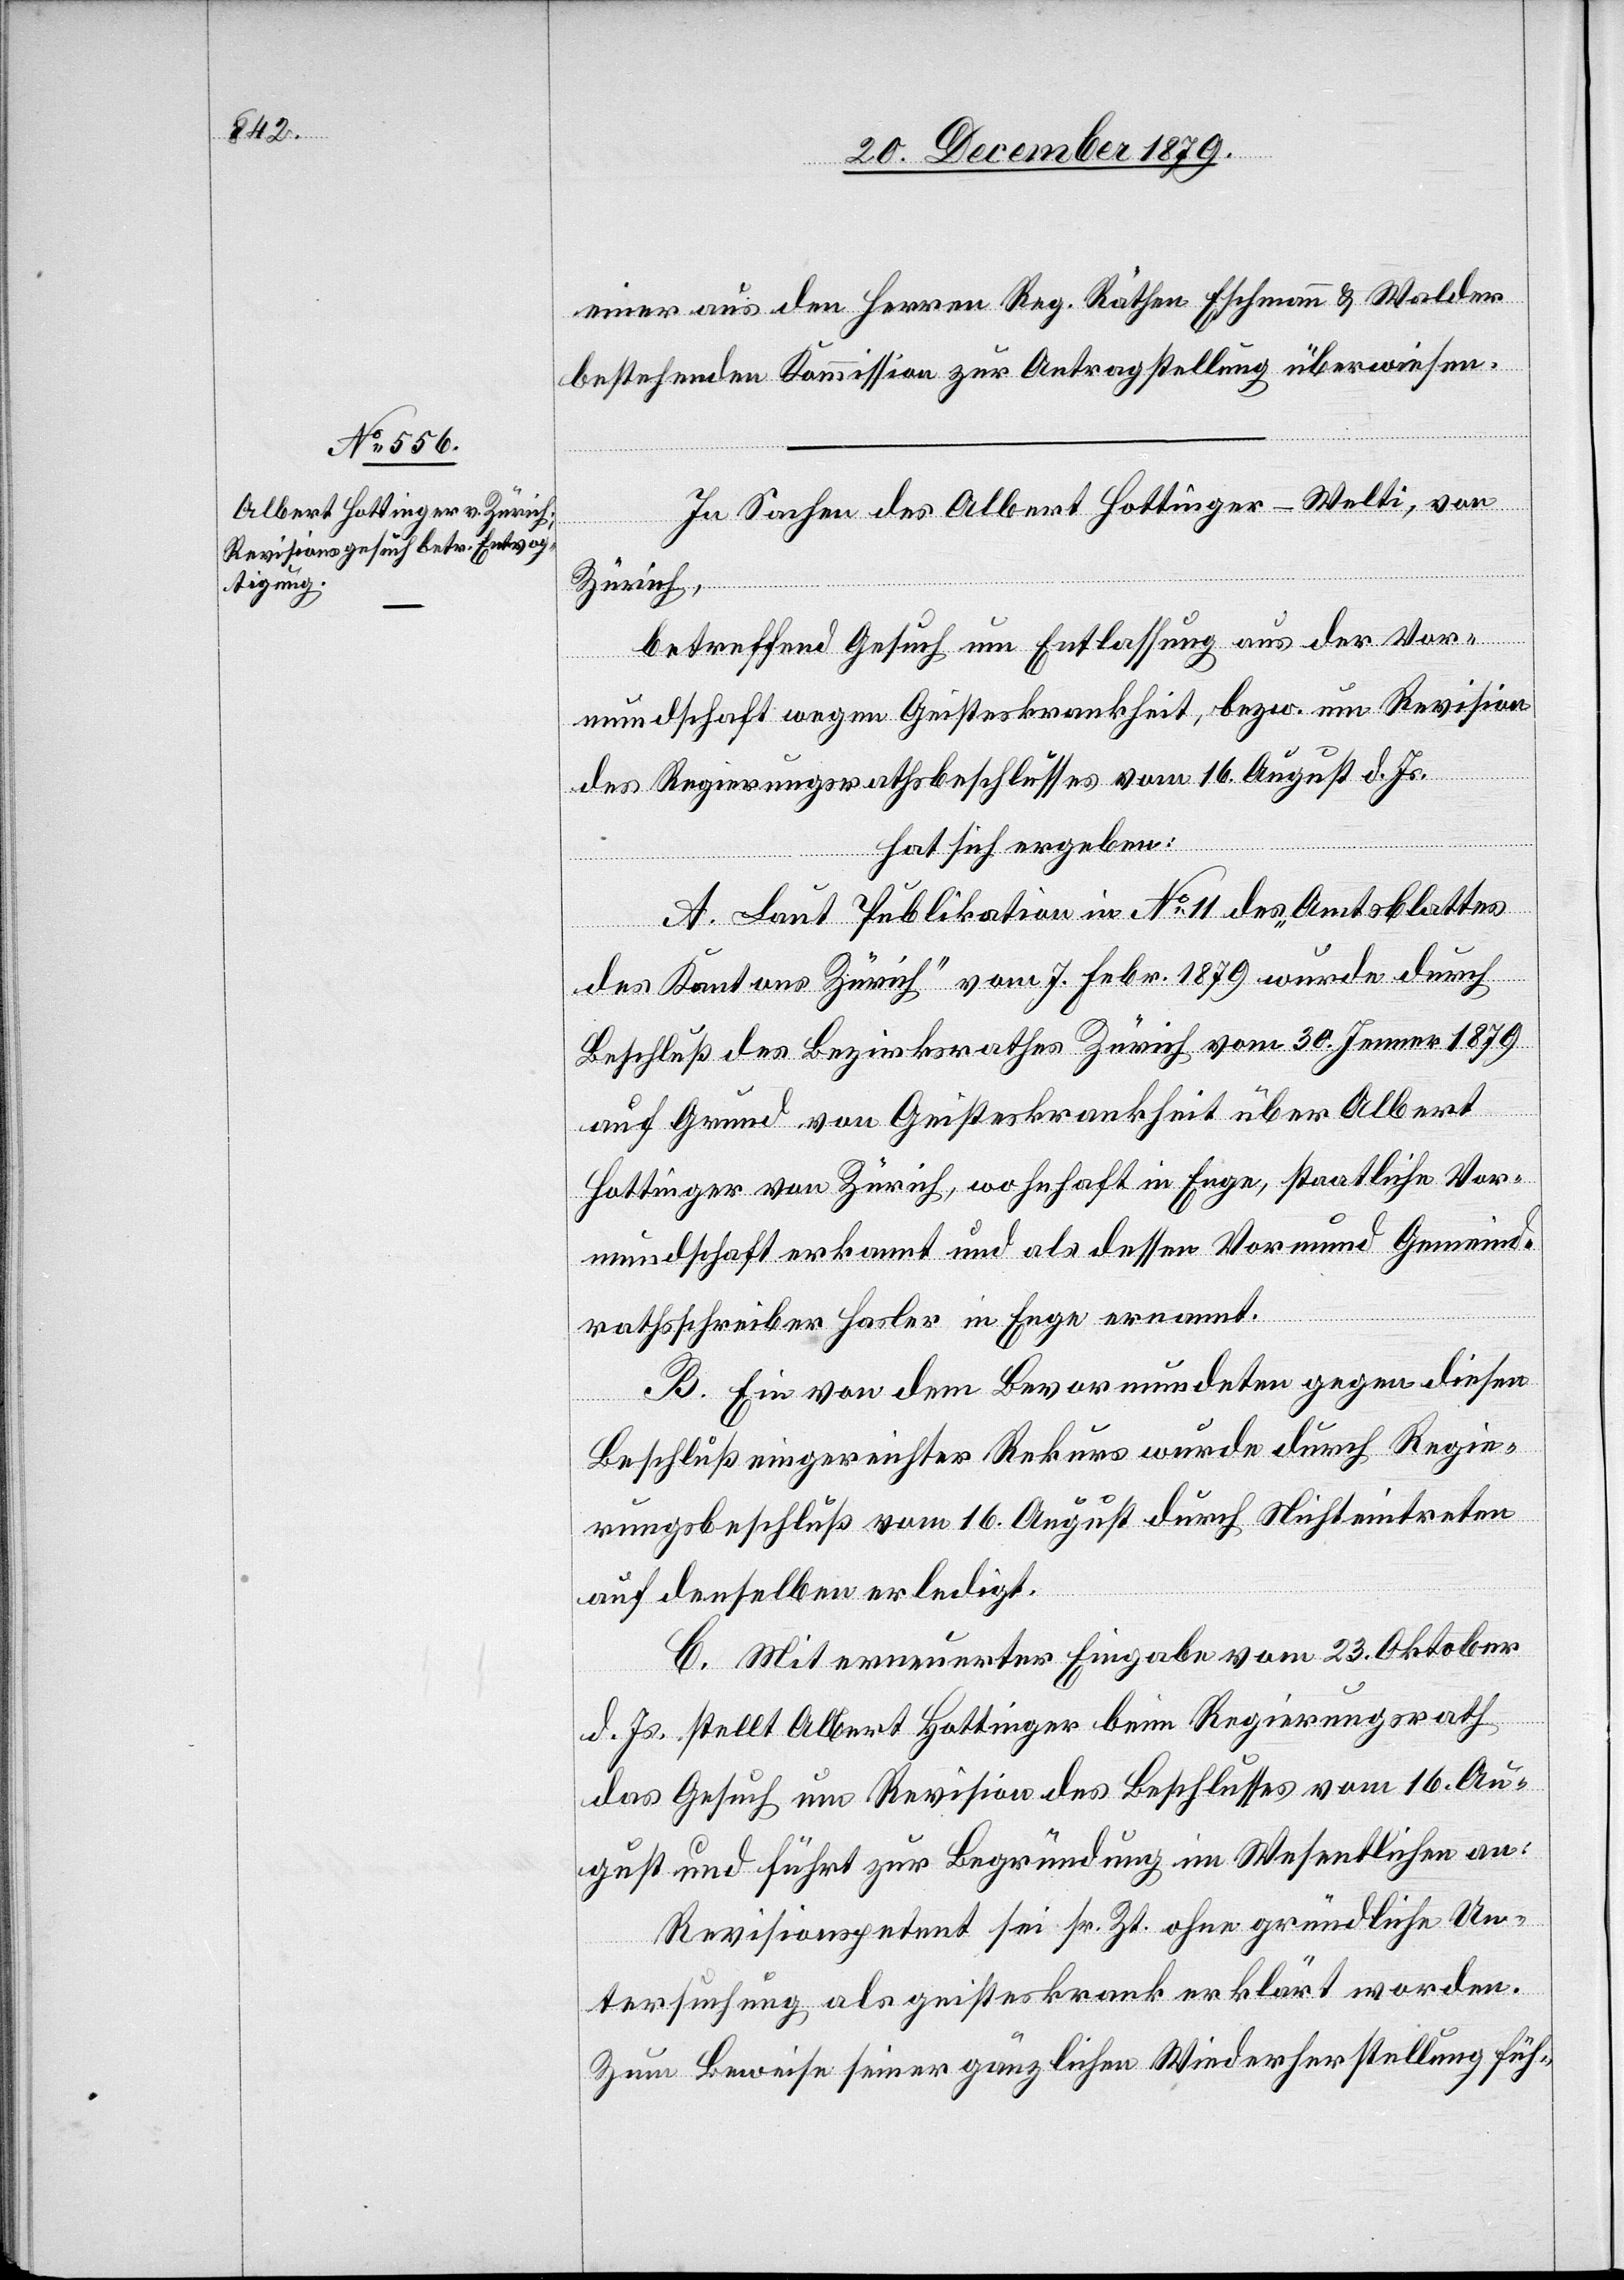
einer aus den Herren Reg. Räthen Eschmann & Walder
bestehenden Kommission zur Antragstellung überwiesen.
In Sachen des Albert Hottinger-Welti, von
Zürich,
betreffend Gesuch um Entlassung aus der Vor¬
mundschaft wegen Geisteskrankheit, bezw. um Revision
des Regierungsrathsbeschlusses vom 16. August d. Js.
hat sich ergeben:
A. Laut Publikation in No 11 des „Amtsblattes
des Kantons Zürich“ vom 7. Febr. 1879 wurde durch
Beschluß des Bezirksrathes Zürich vom 30. Jenner 1879
auf Grund von Geisteskrankheit über Albert
Hottinger von Zürich, wohnhaft in Enge, staatliche Vor¬
mundschaft erkannt und als dessen Vormund Gemeind¬
rathsschreiber Hasler in Enge ernannt.
B. Ein von dem Bevormundeten gegen diesen
Beschluß eingereichter Rekurs wurde durch Regie¬
rungsbeschluß vom 16. August durch Nichteintreten
auf denselben erledigt.
C. Mit erneuerter Eingabe vom 23. Oktober
d. Js. stellt Albert Hottinger beim Regierungsrath
das Gesuch um Revision des Beschlusses vom 16. Au¬
gust und führt zur Begründung im Wesentlichen an:
Revisionspetent sei sr. Zt. ohne gründliche Un¬
tersuchung als geisteskrank erklärt worden.
Zum Beweise seiner gänzlichen Wiederherstellung füh-